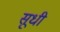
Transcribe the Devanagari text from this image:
सूधी